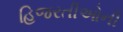
હિજરતીઓની